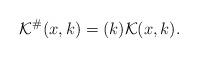
LaTeX: \begin{align*}\mathcal{K}^{\#}(x,k) = (k)\mathcal{K}(x,k).\end{align*}